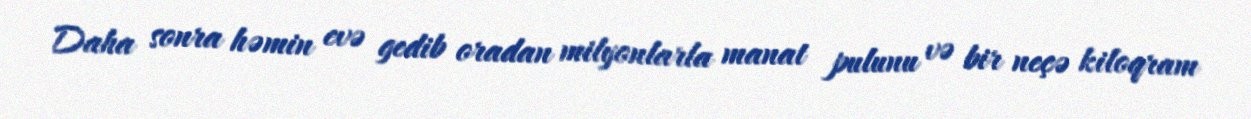
Daha sonra həmin evə gedib oradan milyonlarla manat pulunu və bir neçə kiloqram